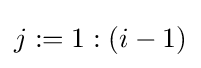
j:=1:(i-1)